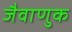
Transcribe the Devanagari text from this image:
जैवाणुक